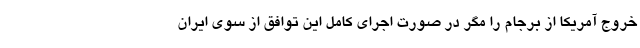
خروج آمریکا از برجام را مگر در صورت اجرای کامل این توافق از سوی ایران